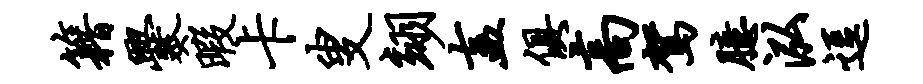
籍爨暇卡叟翊盍俱高驾臆泓逗